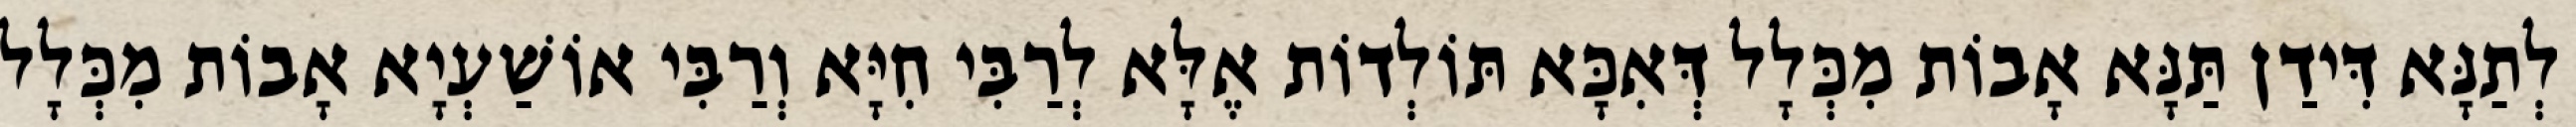
לְתַנָּא דִּידַן תַּנָּא אָבוֹת מִכְּלָל דְּאִכָּא תּוֹלְדוֹת אֶלָּא לְרַבִּי חִיָּא וְרַבִּי אוֹשַׁעְיָא אָבוֹת מִכְּלָל